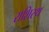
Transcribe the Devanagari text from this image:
राशिस्थ